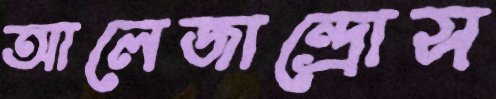
আলেজান্দ্রোস